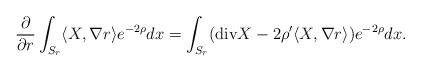
LaTeX: \begin{align*} \frac{\partial}{\partial r}\int_{S_r}\langle X,\nabla r\rangle e^{-2\rho}dx=\int_{S_r}({\rm div} X -2\rho^{\prime}\langle X,\nabla r\rangle) e^{-2\rho}dx.\end{align*}